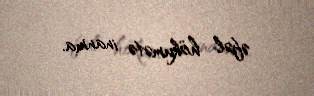
əfəl hökumətə inanma.